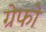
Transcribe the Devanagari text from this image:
ग्रेफो